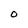
Character: O